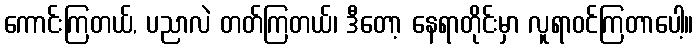
ကောင်းကြတယ်, ပညာလဲ တတ်ကြတယ်၊ ဒီတော့ နေရာတိုင်းမှာ လူရာဝင်ကြတာပေါ့။